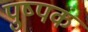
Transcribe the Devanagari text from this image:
पुष्‍पकं